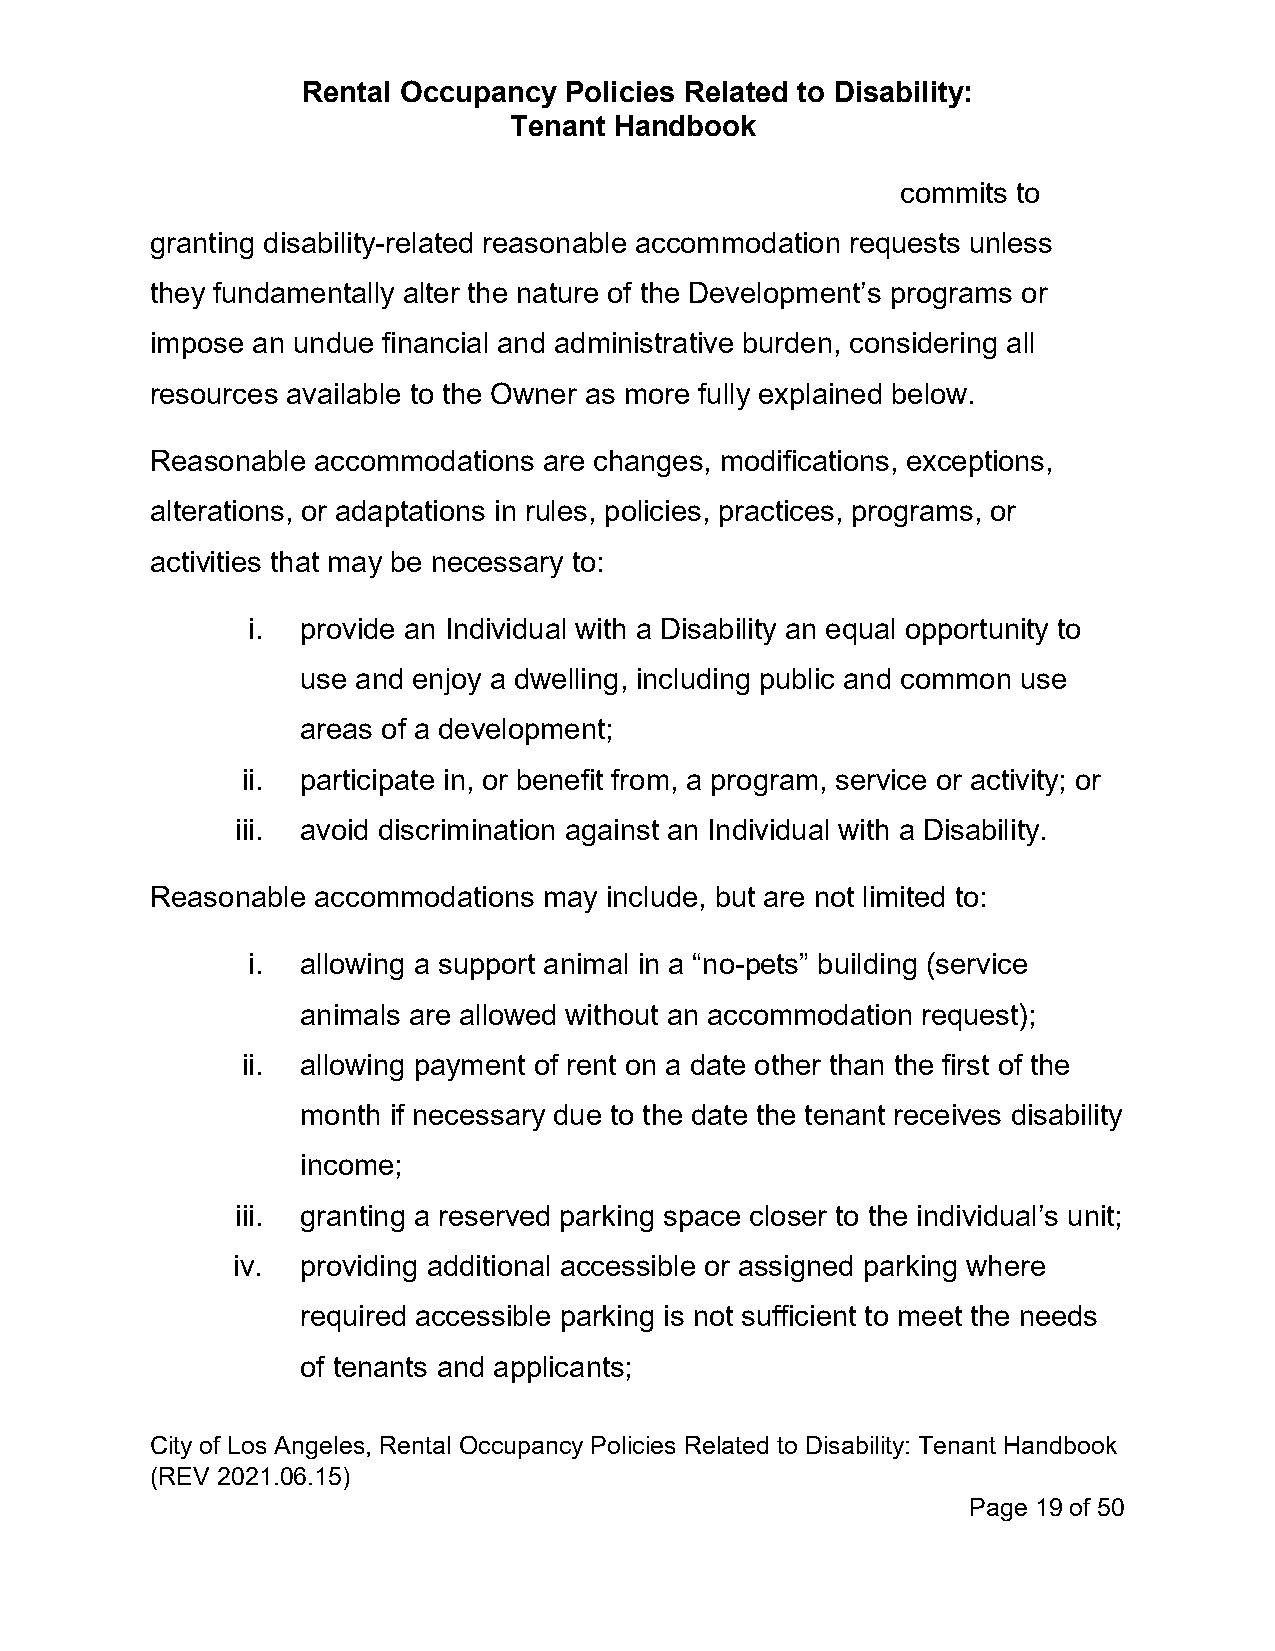
Rental Occupancy Policies Related to Disability:
 Tenant Handbook
 commits to
 granting disability-related reasonable accommodation requests unless
 they fundamentally alter the nature of the Development’s programs or
 impose an undue financial and administrative burden, considering all
 resources available to the Owner as more fully explained below.
 Reasonable accommodations are changes, modifications, exceptions,
 alterations, or adaptations in rules, policies, practices, programs, or
 activities that may be necessary to:
 i.  provide an Individual with a Disability an equal opportunity to
 use and enjoy a dwelling, including public and common use
 areas of a development;
 ii. participate in, or benefit from, a program, service or activity; or
 iii. avoid discrimination against an Individual with a Disability.
 Reasonable accommodations may include, but are not limited to:
 i.  allowing a support animal in a “no-pets” building (service
 animals are allowed without an accommodation request);
 ii. allowing payment of rent on a date other than the first of the
 month if necessary due to the date the tenant receives disability
 income;
 iii. granting a reserved parking space closer to the individual’s unit;
 iv.  providing additional accessible or assigned parking where
 required accessible parking is not sufficient to meet the needs
 of tenants and applicants;
 City of Los Angeles, Rental Occupancy Policies Related to Disability: Tenant Handbook
 (REV 2021.06.15)
 Page 19 of 50